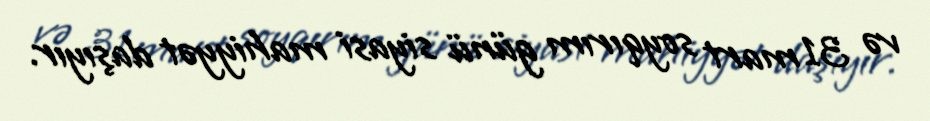
və 31 mart soyqırım günü siyasi mahiyyət daşıyır.